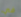
في